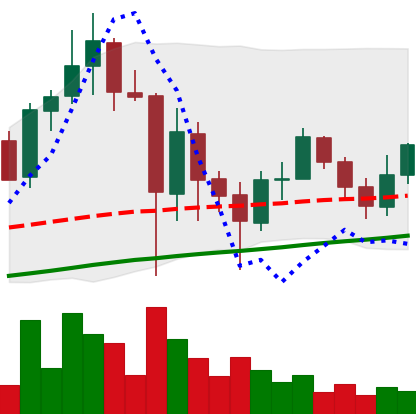
Ticker: ADA-USD
Chart end date: 2021-05-31
Forward return: -4.807%
Label: down_3_5